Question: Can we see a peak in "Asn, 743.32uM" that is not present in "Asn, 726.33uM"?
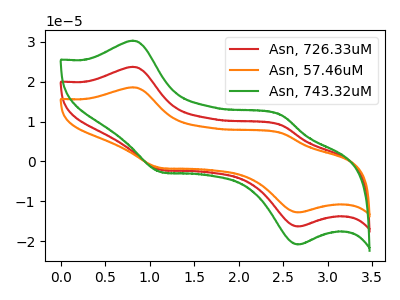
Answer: <think>The red curve "Asn, 726.33uM" has anodic peaks at (0.80V, 23.75uA) (2.50V, 9.10uA) and cathodic peaks at (1.15V, -2.05uA) (2.65V, -16.35uA). The orange curve "Asn, 57.46uM" has anodic peaks at (0.80V, 47.50uA) (2.50V, 18.25uA) and cathodic peaks at (1.15V, -4.15uA) (2.65V, -32.65uA). The green curve "Asn, 743.32uM" has anodic peaks at (0.80V, 30.30uA) (2.50V, 11.65uA) and cathodic peaks at (1.15V, -2.65uA) (2.65V, -20.85uA).
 All the peaks in "Asn, 743.32uM" have a peak in "Asn, 726.33uM" at the same potential. Every peak in "Asn, 743.32uM" is higher than every peak in "Asn, 726.33uM".</think>
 <answer>No, "Asn, 743.32uM" and "Asn, 726.33uM" don't appear to be significantly different in shape</answer>
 <eval>no_change</eval>